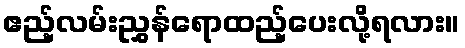
ဧည့်လမ်းညွှန်ရောထည့်ပေးလို့ရလား။